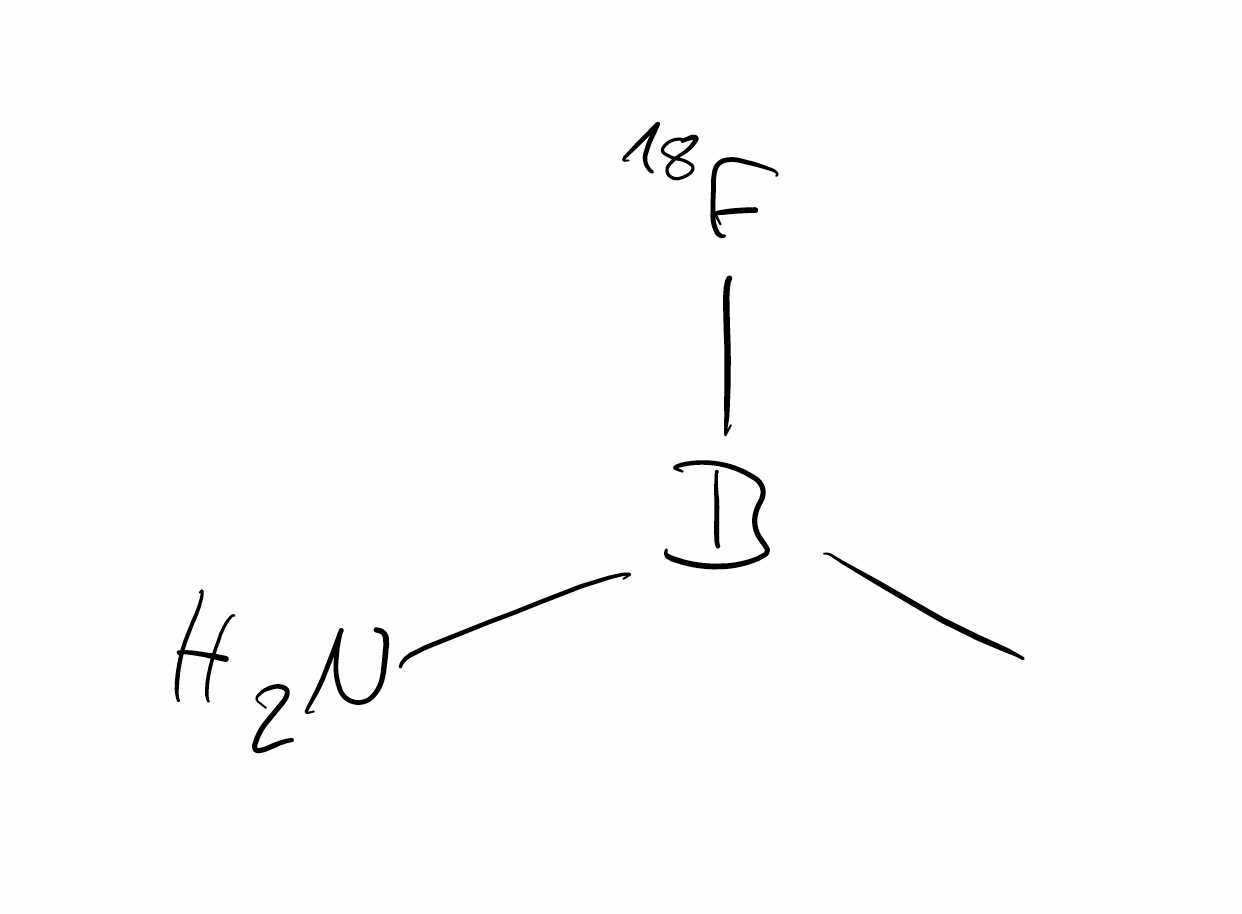
Simplified molecular-input line-entry system (SMILES) notation of the given molecule:
B(C)(N)[18F]